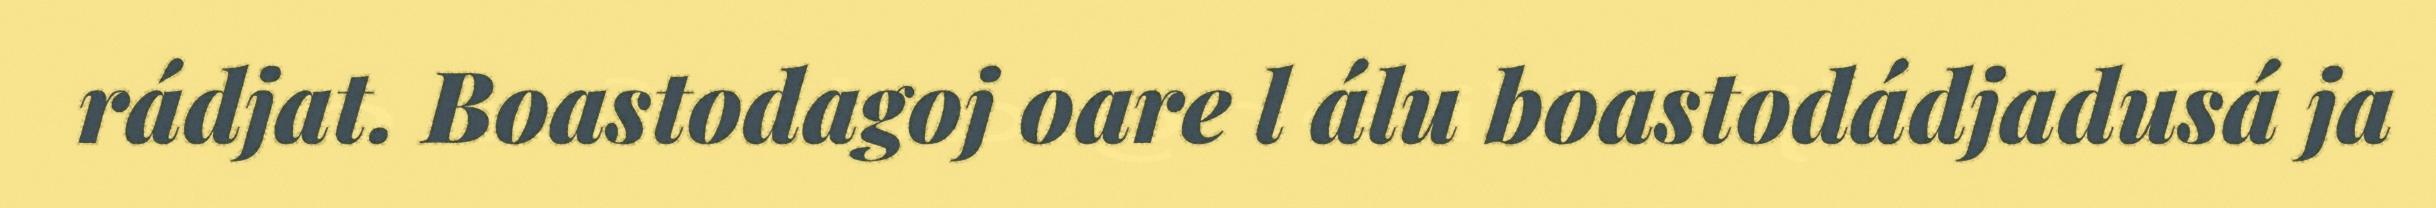
rádjat. Boastodagoj oare l álu boastodádjadusá ja